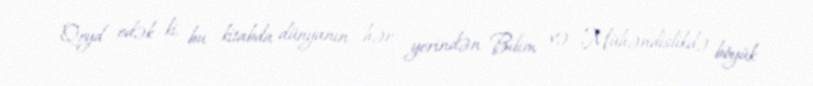
Qeyd edək ki, bu kitabda dünyanın hər yerindən Bilim və Mühəndislikdə böyük